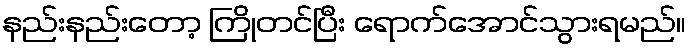
နည်းနည်းတော့ ကြိုတင်ပြီး ရောက်အောင်သွားရမည်။